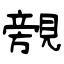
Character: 覫